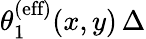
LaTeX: \theta_{1}^{\textrm{(eff)}}(x,y)\, \Delta